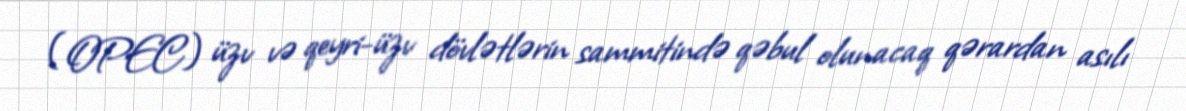
(OPEC) üzv və qeyri-üzv dövlətlərin sammitində qəbul olunacaq qərardan asılı